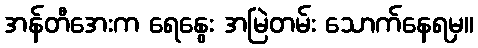
အန်တီအေးက ရေနွေး အမြဲတမ်း သောက်နေရမှ။